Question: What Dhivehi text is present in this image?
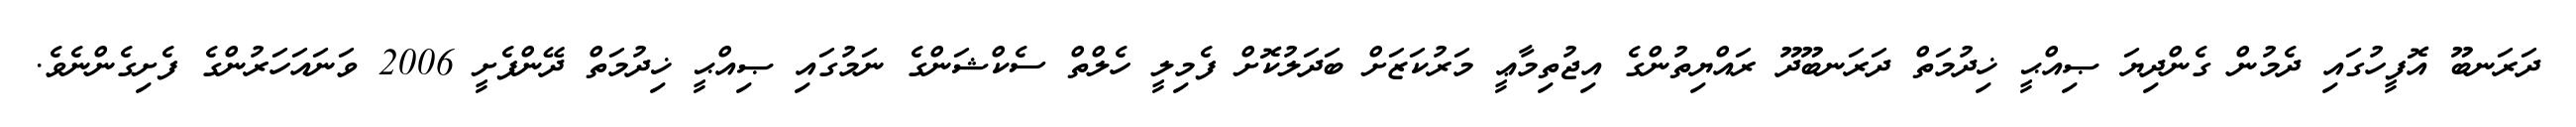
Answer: ދަރަނބޫ އޮފީހުގައި ދެމުން ގެންދިޔަ ޞިއްޙީ ޚިދުމަތް ދަރަނބޫދޫ ރައްޔިތުންގެ އިޖުތިމާޢީ މަރުކަޒަށް ބަދަލުކޮށް ފެމިލީ ހެލްތް ސެކްޝަންގެ ނަމުގައި ޞިއްޙީ ޚިދުމަތް ދޭންފެށީ 2006 ވަނައަހަރުންގެ ފެށިގެންނެވެ.